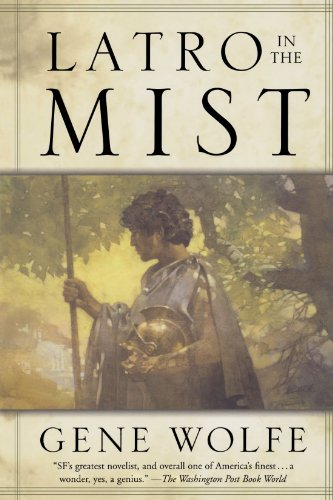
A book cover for Latro in the Mist; Gene Wolfe; Science Fiction & Fantasy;